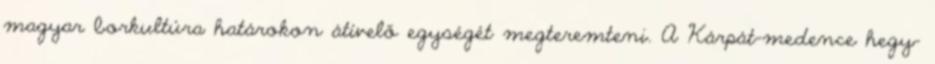
magyar borkultúra határokon átívelő egységét megteremteni. A Kárpát-medence hegy-